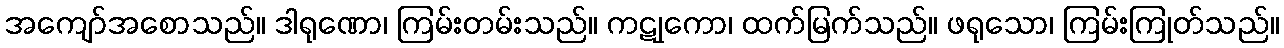
အကျော်အစောသည်။ ဒါရုဏော၊ ကြမ်းတမ်းသည်။ ကဋုကော၊ ထက်မြက်သည်။ ဖရုသော၊ ကြမ်းကြုတ်သည်။